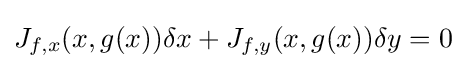
J_{f,x}(x,g(x))\delta x+J_{f,y}(x,g(x))\delta y=0